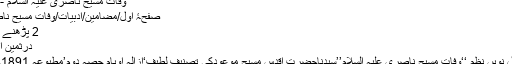
وفات مسیح ناصری علیہ السلام - الفَضل انٹرنیشنل
صفحۂ اول/مضامین/ادبیات/وفات مسیح ناصری علیہ السلام
2 پڑھنے کے لئے 4 منٹ
درّثمین اردوکی نویں نظم
درِّثمین میں شامل نویں نظم ‘‘وفات مسیح ناصری علیہ السلام’’سیّدناحضرت اقدس مسیح موعودؑکی تصنیفِ لطیف‘ازالہ اوہام حصّہ دوم’مطبوعہ 1891ءسے ماخوذ ہے۔